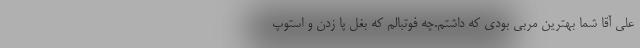
علی آقا شما بهترین مربی بودی که داشتم.چه فوتبالم که بغل پا زدن و استوپ